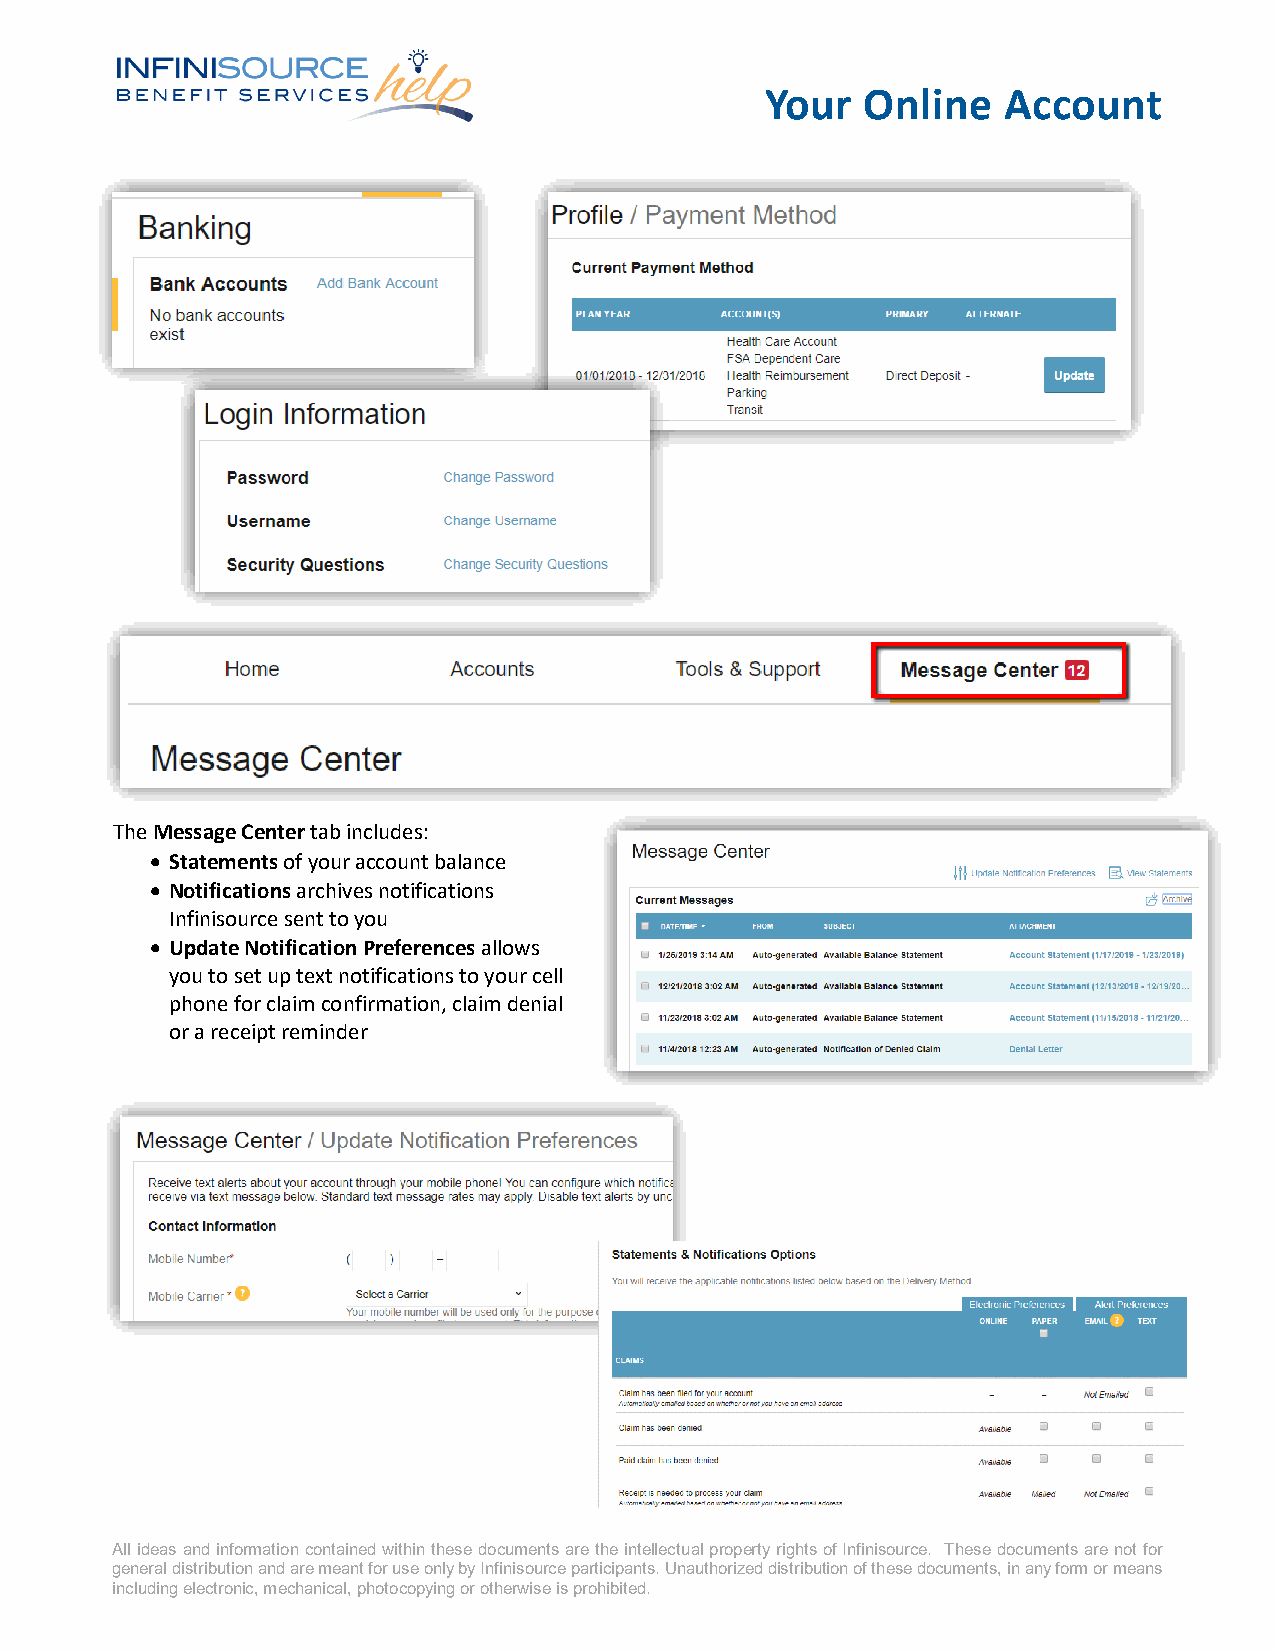
Your  Online   Account
 The Message Center tab includes:
 • Statements of your account balance
 • Notifications archives notifications
 Infinisource sent to you
 • Update Notification Preferences allows
 you to set up text notifications to your cell
 phone for claim confirmation, claim denial
 or a receipt reminder
 All ideas and information contained within these documents are the intellectual property rights of Infinisource. These documents are not for
 general distribution and are meant for use only by Infinisource participants. Unauthorized distribution of these documents, in any form or means
 including electronic, mechanical, photocopying or otherwise is prohibited.